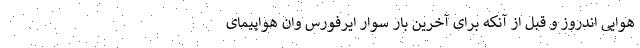
هوایی اندروز و قبل از آنکه برای آخرین بار سوار ایرفورس وان هواپیمای